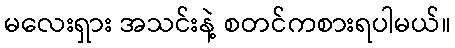
မလေးရှား အသင်းနဲ့ စတင်ကစားရပါမယ်။